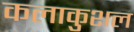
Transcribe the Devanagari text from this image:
कलाकुशल